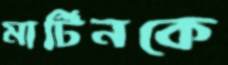
মার্টিনকে